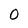
Character: O